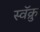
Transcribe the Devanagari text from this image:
स्वॅक्रु